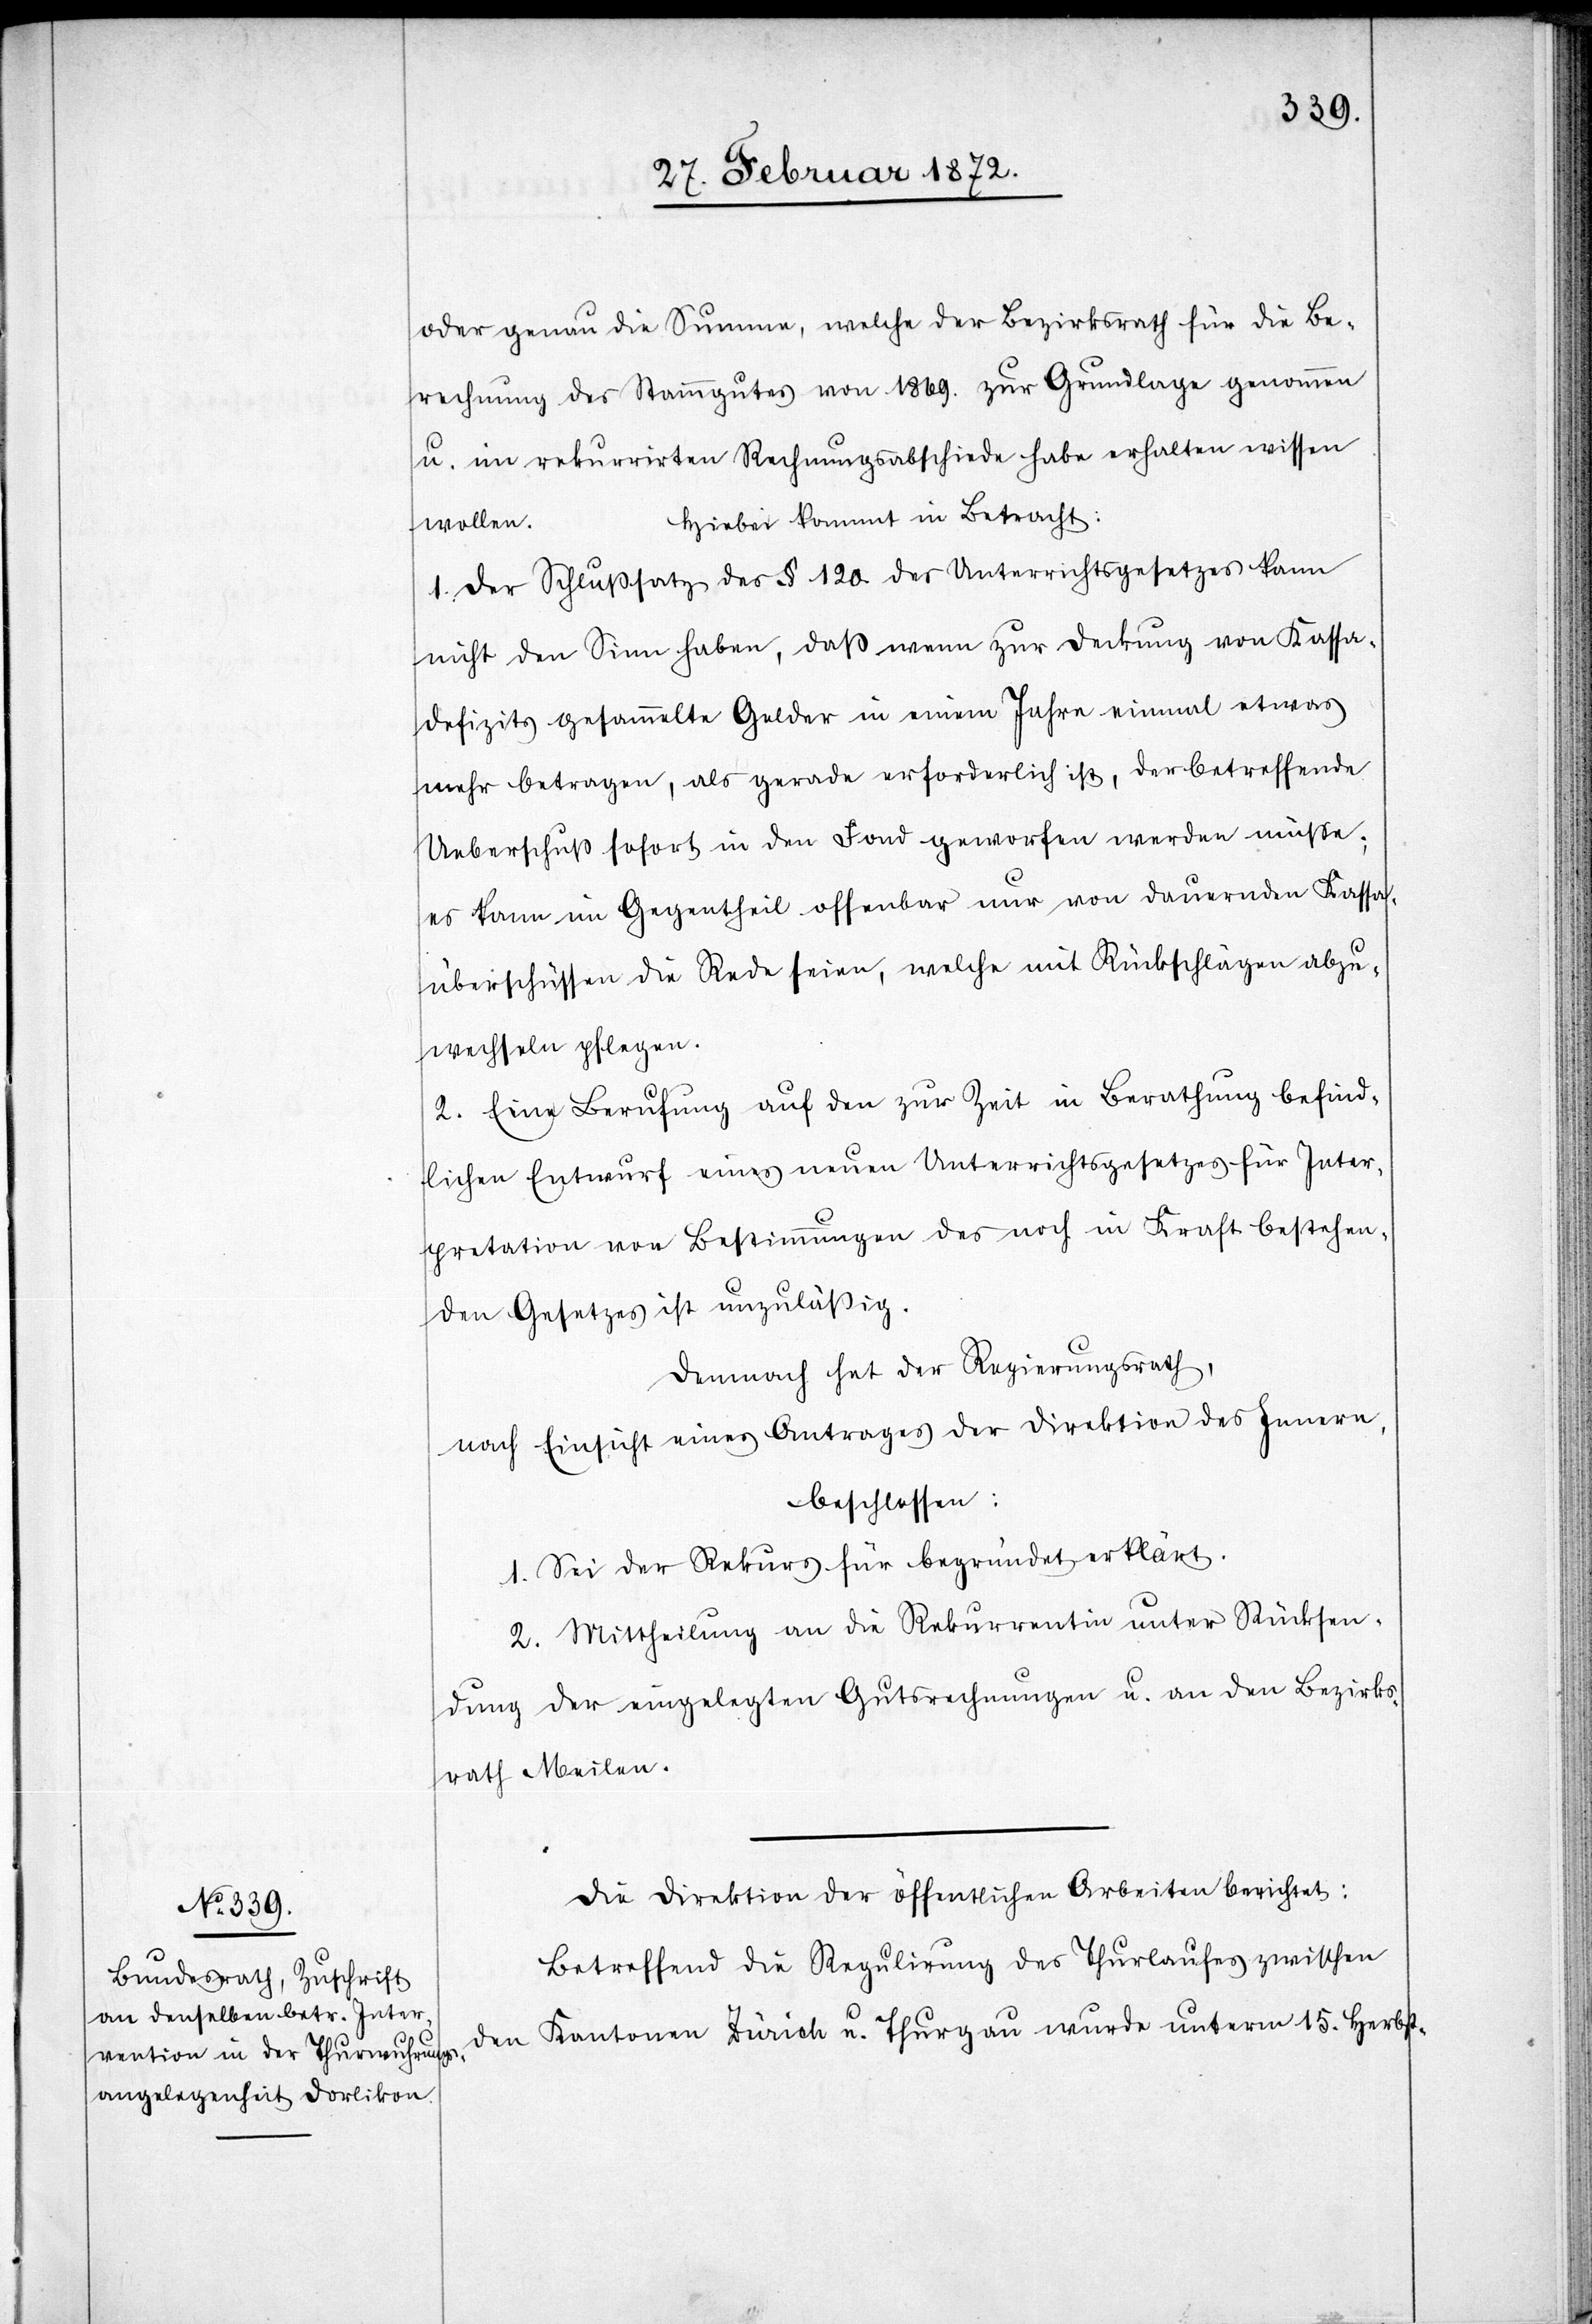
oder genau die Summe, welche der Bezirksrath für die Be¬
rechnung des Stammgutes von 1869. zur Grundlage genommen
u. im rekurrirten Rechnungsabschiede habe erhalten wissen
Hierbei kommt in Betracht:
wollen.
1. Der Schlußsatz des § 120. des Unterrichtsgesetzes kann
nicht den Sinn haben, daß wenn zur Deckung von Kassa¬
defizit gesammelte Gelder in einem Jahre einmal etwas
mehr betragen, als gerade erforderlich ist, der betreffende
Ueberschuß sofort in den Fond geworfen werden müsse;
es kann im Gegentheil offenbar nur von dauernden Kassa¬
überschüssen die Rede seien [sic!], welche mit Rückschlägen abzu¬
wechseln pflegen.
2. Eine Berufung auf den zur Zeit in Berathung befind¬
lichen Entwurf eines neuen Unterrichtsgesetzes für Inter¬
pretation von Bestimmung des noch in Kraft bestehen¬
den Gesetzes ist unzuläßig.
Demnach hat der Regierungsrath,
nach Einsicht eines Antrages der Direktion des Innern,
beschlossen:
1. Sei der Rekurs für begründet erklärt.
2. Mittheilung an die Rekurrentin unter Rücksen¬
dung der eingelegten Gutsrechnungen u. an den Bezirks¬
rath Meilen.
Die Direktion der öffentlichen Arbeiten berichtet:
Betreffend die Regulirung des Thurlaufes zwischen
den Kantonen Zürich u. Thurgau wurde unterm 15. Herbst-